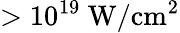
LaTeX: >10^{19}\ \mathrm{W/cm^{2}}